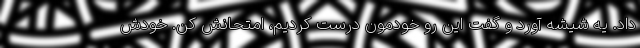
داد. یه شیشه آورد و گفت این رو خودمون درست کردیم، امتحانش کن. خودش